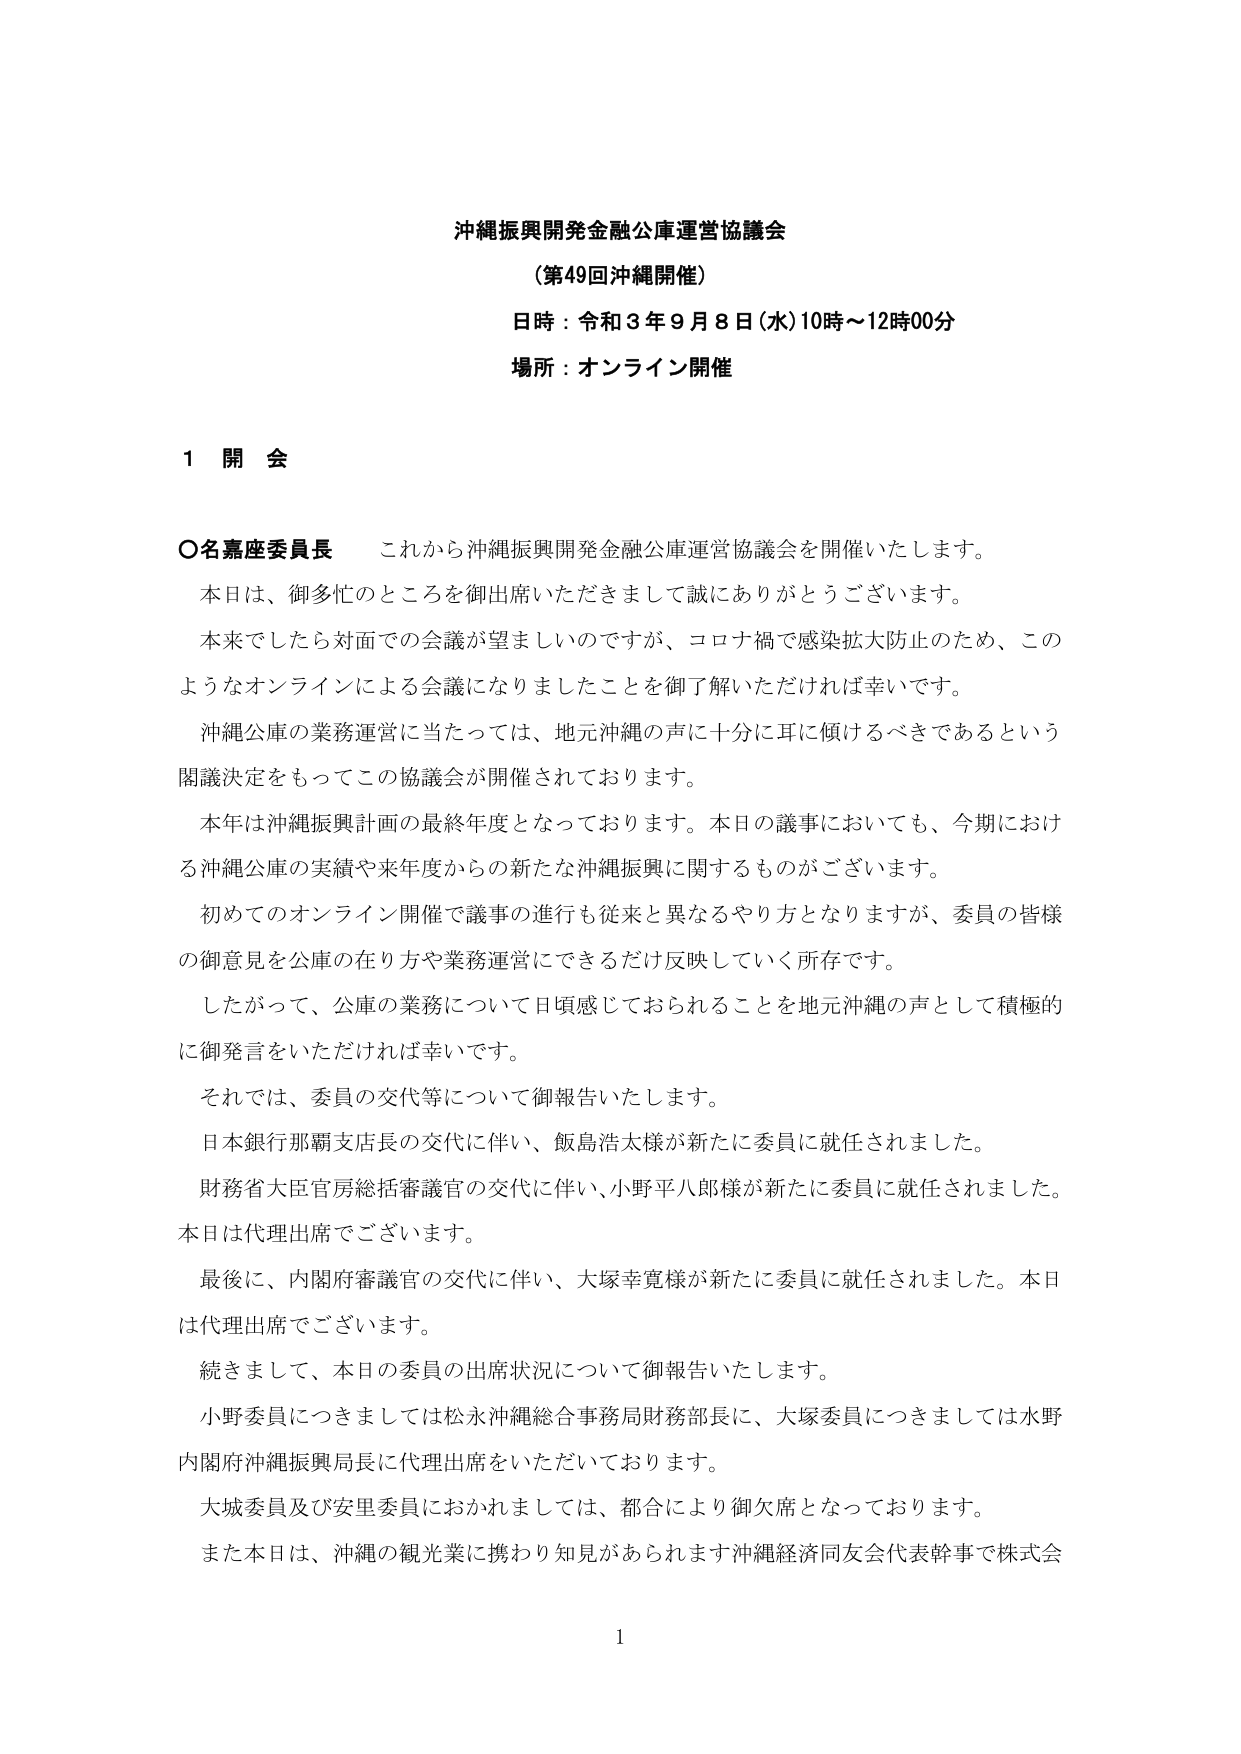
沖縄振興開発金融公庫運営協議会
（第49回沖縄開催）
日時：令和３年９月８日（水）10時～12時00分
場所：オンライン開催

１ 開 会

○名嘉座委員長　これから沖縄振興開発金融公庫運営協議会を開催いたします。
　本日は、御多忙のところを御出席いただきまして誠にありがとうございます。
　本来でしたら対面での会議が望ましいのですが、コロナ禍で感染拡大防止のため、このようなオンラインによる会議になりましたことを御了解いただければ幸いです。
　沖縄公庫の業務運営に当たっては、地元沖縄の声に十分に耳に傾けるべきであるという閣議決定をもってこの協議会が開催されております。
　本年は沖縄振興計画の最終年度となっております。本日の議事においても、今期における沖縄公庫の実績や来年度からの新たな沖縄振興に関するものがございます。
　初めてのオンライン開催で議事の進行も従来と異なるやり方となりますが、委員の皆様の御意見を公庫の在り方や業務運営にできるだけ反映していく所存です。
　したがって、公庫の業務について日頃感じておられることを地元沖縄の声として積極的に御発言をいただければ幸いです。
　それでは、委員の交代等について御報告いたします。
　日本銀行那覇支店長の交代に伴い、飯島浩太様が新たに委員に就任されました。
　財務省大臣官房総括審議官の交代に伴い、小野平八郎様が新たに委員に就任されました。本日は代理出席でございます。
　最後に、内閣府審議官の交代に伴い、大塚幸寛様が新たに委員に就任されました。本日は代理出席でございます。
　続きまして、本日の委員の出席状況について御報告いたします。
　小野委員につきましては松永沖縄総合事務局財務部長に、大塚委員につきましては水野内閣府沖縄振興局長に代理出席をいただいております。
　大城委員及び安里委員におかれましては、都合により御欠席となっております。
　また本日は、沖縄の観光業に携わり知見があられます沖縄経済同友会代表幹事で株式会

1